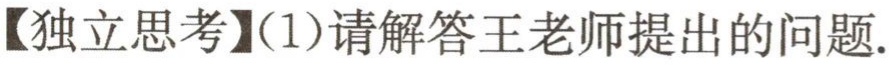
【独立思考】(1)请解答王老师提出的问题.